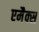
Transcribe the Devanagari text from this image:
एमैक्स